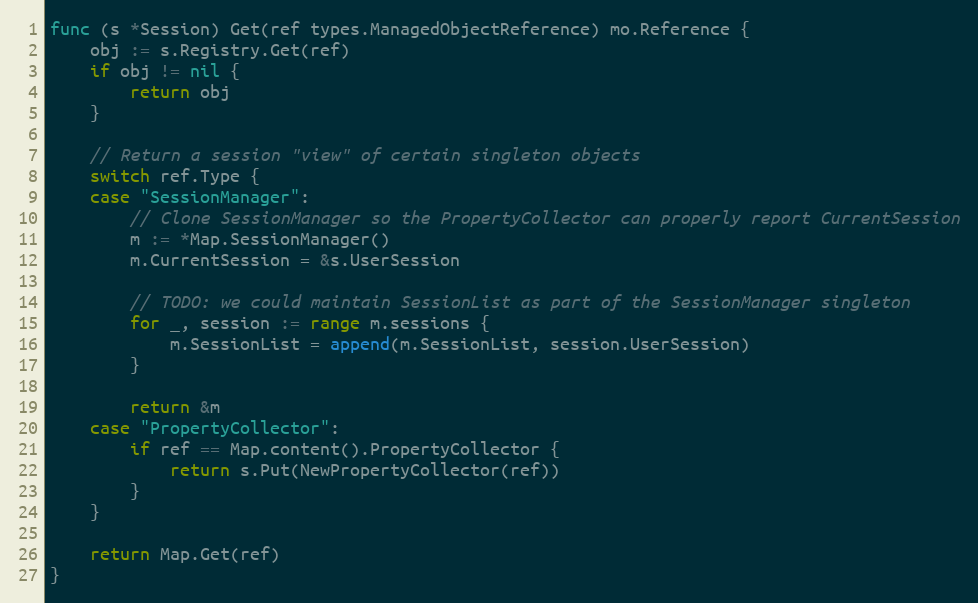
Language: Go
func (s *Session) Get(ref types.ManagedObjectReference) mo.Reference {
	obj := s.Registry.Get(ref)
	if obj != nil {
		return obj
	}

	// Return a session "view" of certain singleton objects
	switch ref.Type {
	case "SessionManager":
		// Clone SessionManager so the PropertyCollector can properly report CurrentSession
		m := *Map.SessionManager()
		m.CurrentSession = &s.UserSession

		// TODO: we could maintain SessionList as part of the SessionManager singleton
		for _, session := range m.sessions {
			m.SessionList = append(m.SessionList, session.UserSession)
		}

		return &m
	case "PropertyCollector":
		if ref == Map.content().PropertyCollector {
			return s.Put(NewPropertyCollector(ref))
		}
	}

	return Map.Get(ref)
}